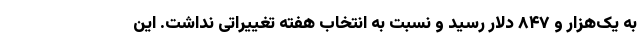
به یک‌هزار و ۸۴۷ دلار رسید و نسبت به انتخاب هفته تغییراتی نداشت. این